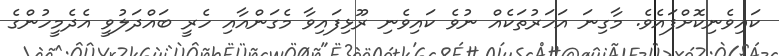
ކައިވެނިކޮށްފައެވެ. މާގިނަ އަހަރުތަކެއް ނުވެ ކައިވެނި ރޫޅިފައިވާ މެގަންއާއި ހެރީ ބައްދަލުވީ އެދެމީހުންގެ